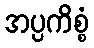
အပ္ပကိစ္စံ